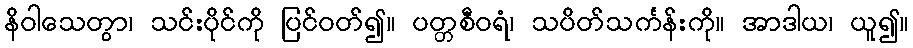
နိဝါသေတွာ၊ သင်းပိုင်ကို ပြင်ဝတ်၍။ ပတ္တစီဝရံ၊ သပိတ်သင်္ကန်းကို။ အာဒါယ၊ ယူ၍။